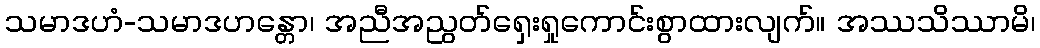
သမာဒဟံ-သမာဒဟန္တော၊ အညီအညွတ်ရှေးရှုကောင်းစွာထားလျက်။ အဿသိဿာမိ၊